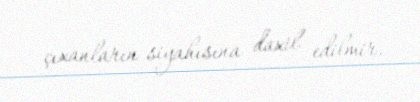
çıxanların siyahısına daxil edilmir.